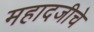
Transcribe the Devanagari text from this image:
महादजीचे